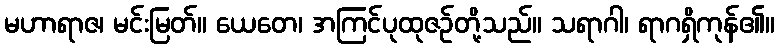
မဟာရာဇ၊ မင်းမြတ်။ ယေတေ၊ အကြင်ပုထုဇဉ်တို့သည်။ သရာဂါ၊ ရာဂရှိကုန်၏။